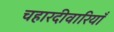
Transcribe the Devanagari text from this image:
चहारदीवारियाँ